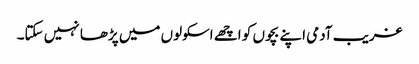
غریب آدمی اپنے بچوں کو اچھے اسکولوں میں پڑھا نہیں سکتا۔